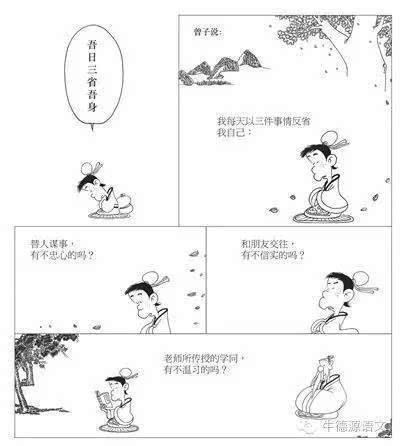
道千乘之国，敬事而信，节用而爱人，使民以时。